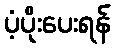
ပံ့ပိုးပေးရန်